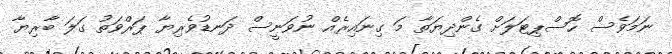
ނަމަވެސް ހޮސްޕިޓަލަށް ގެންދިޔަތާ މަ ގިނައިރެއް ނުވަނީސް ދަނޑުވެރިޔާ ޕަރްވަތު ގަލަ ބާރިޔާ